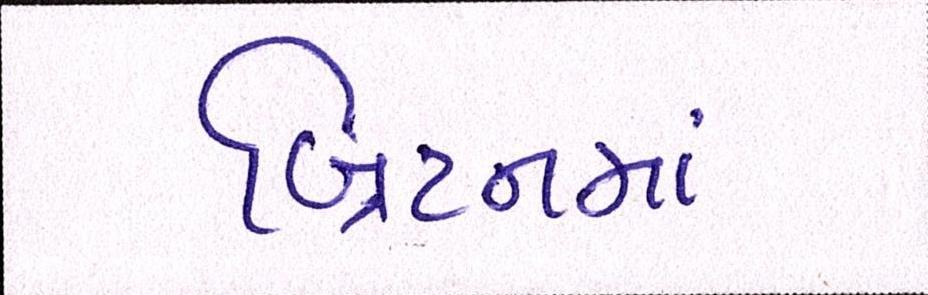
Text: બ્રિટનમાં